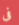
فى